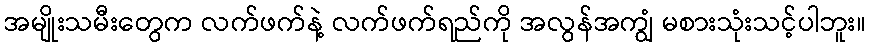
အမျိုးသမီးတွေက လက်ဖက်နဲ့ လက်ဖက်ရည်ကို အလွန်အကျွံ မစားသုံးသင့်ပါဘူး။